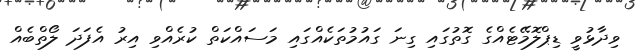
ވިދާޅުވީ ޑިޕްލޮމޭޓެއްގެ ގޮތުގައި ގިނަ ގައުމުތަކެއްގައި މަސައްކަތް ކުރެއްވި އިރު އެފަދަ ލޯތްބެއް